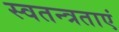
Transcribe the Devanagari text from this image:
स्वतन्त्रताएं